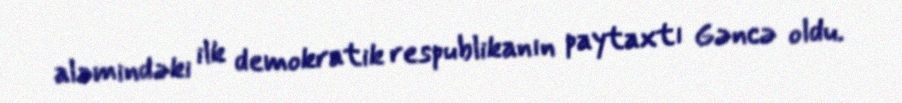
aləmindəki ilk demokratik respublikanın paytaxtı Gəncə oldu.